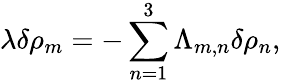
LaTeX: \lambda\delta\rho_{m}=-\sum_{n=1}^{3}\Lambda_{m,n}\delta\rho_{n},